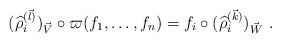
LaTeX: \begin{align*}(\widehat\rho^{(\vec l)}_i)_{\vec V}\circ\varpi(f_1,\dots,f_n)=f_i\circ(\widehat\rho^{(\vec k)}_i)_{\vec W}\ .\end{align*}